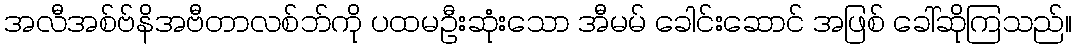
အလီအစ်ဗ်နိအဗီတာလစ်ဘ်ကို ပထမဦးဆုံးသော အီမမ် ခေါင်းဆောင် အဖြစ် ခေါ်ဆိုကြသည်။